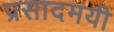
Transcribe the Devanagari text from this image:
प्रसादमयी